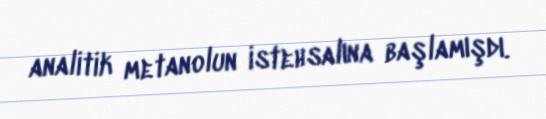
analitik metanolun istehsalına başlamışdı.